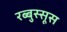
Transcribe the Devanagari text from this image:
रब्बुस्सूस